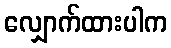
လျှောက်ထားပါက